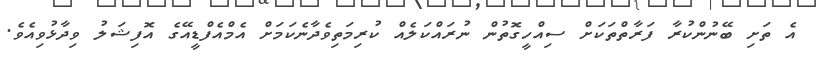
އެ ތަށި ބޭނުންކުރާ ފަރާތްތަކަށް ސިއްހީގޮތުން ނުރައްކަލެއް ކުރިމަތިވެދާނެކަމަށް އެމްއެފްޑީއޭގެ އޮފިޝަލު ވިދާޅުވިއެވެ.